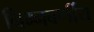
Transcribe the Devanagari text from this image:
निम्नवर्णीय